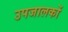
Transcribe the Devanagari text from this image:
उपजालकों